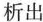
析出